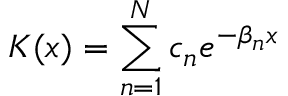
K ( x ) = \sum _ { n = 1 } ^ { N } c _ { n } e ^ { - \beta _ { n } x }